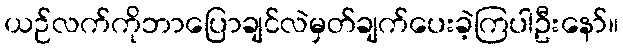
ယဉ်လက်ကိုဘာပြောချင်လဲမှတ်ချက်ပေးခဲ့ကြပါဦးနော်။